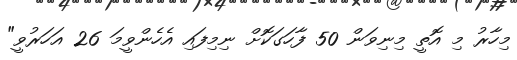
މިހާރު މި އޮތީ މިނިވަން 50 ފާހަގަކޮށް ނިމިފައި އެހެންވީމަ 26 އަހަރުވީ"